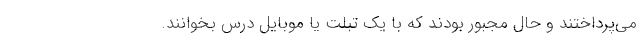
می‌پرداختند و حال مجبور بودند که با یک تبلت یا موبایل درس بخوانند.